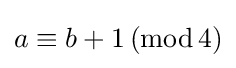
a\equiv b+1\,(\mathrm {mod} \,4)